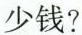
少钱?